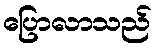
ပြောလာသည်